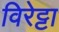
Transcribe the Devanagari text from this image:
विरेट्टा